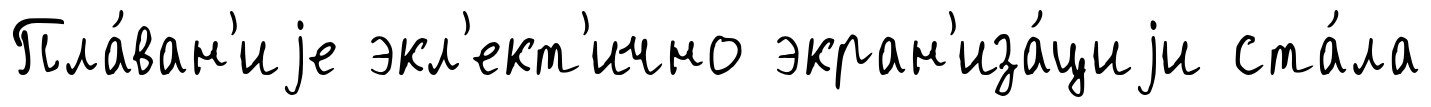
Пла́ван'иjе экл'ект'ично экран'иза́циjи ста́ла